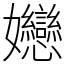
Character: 㜻